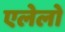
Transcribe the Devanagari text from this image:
एलेलो